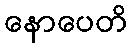
နောပေတိ